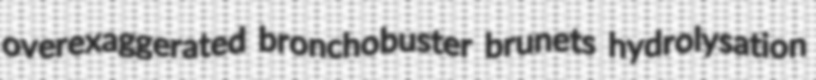
overexaggerated bronchobuster brunets hydrolysation